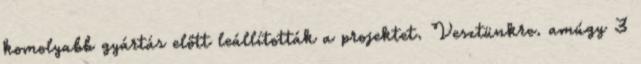
komolyabb gyártás előtt leállították a projektet. Vesztünkre. amúgy 3